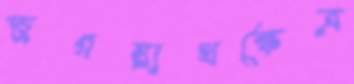
জগন্নাথক্ষেত্র